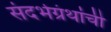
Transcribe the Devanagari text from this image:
संदर्भग्रंथांची